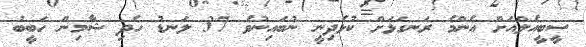
ސީބީއެލްއަށް އެންމެ ރަނގަޅަށް ކުޅެދިނީ ނުބައިނުވެ 37 ލަނޑު ހެދި ޝާމިން ހަބީބު